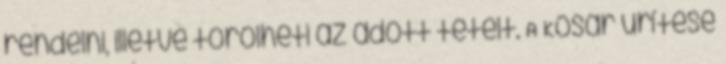
rendelni, illetve törölheti az adott tételt. A Kosár ürítése